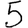
Digit: 5